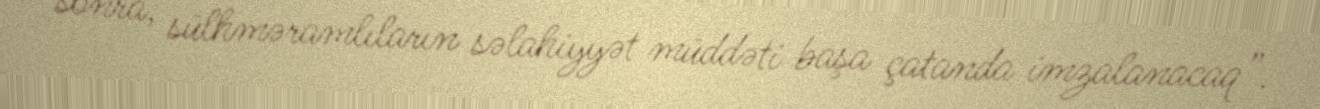
sonra, sülhməramlıların səlahiyyət müddəti başa çatanda imzalanacaq”.